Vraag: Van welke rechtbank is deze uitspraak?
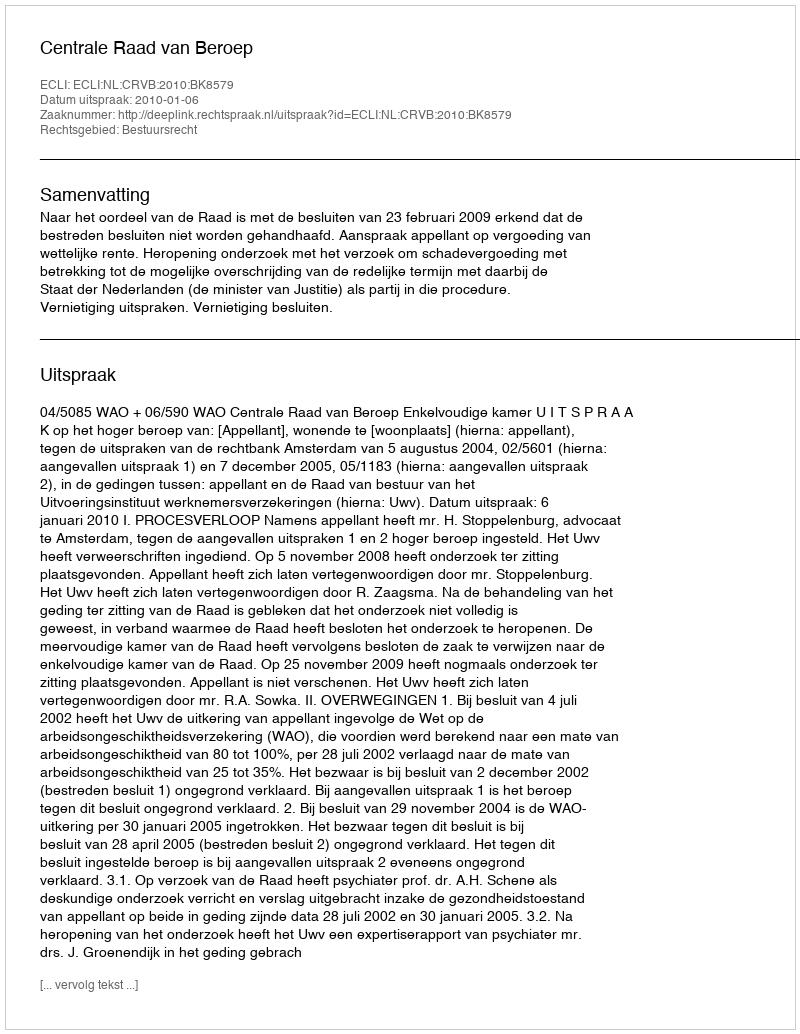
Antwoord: Centrale Raad van Beroep